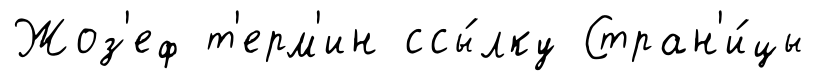
Жоз'еф т'ерм'ин ссы́лку Стран'и́цы